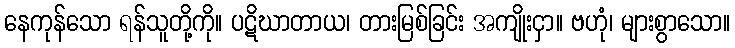
နေကုန်သော ရန်သူတို့ကို။ ပဋိဃာတာယ၊ တားမြစ်ခြင်း အကျိုးငှာ။ ဗဟုံ၊ များစွာသော။